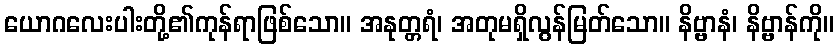
ယောဂလေးပါးတို့၏ကုန်ရာဖြစ်သော။ အနုတ္တရံ၊ အတုမရှိလွန်မြတ်သော။ နိဗ္ဗာနံ၊ နိဗ္ဗာန်ကို။